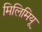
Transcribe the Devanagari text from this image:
मिलिमियू